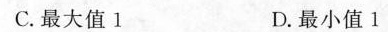
C.最大值1 D.最小值1